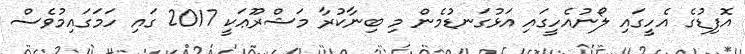
އޮފިޑުގެ އެހީގައި ލޯނުއެހީގައި އަޅުގަނޑުމެން މި ބިނާކުރާ މަޝްރޫޢަކީ 2017 ގައި ހަމަގައިމުވެސް